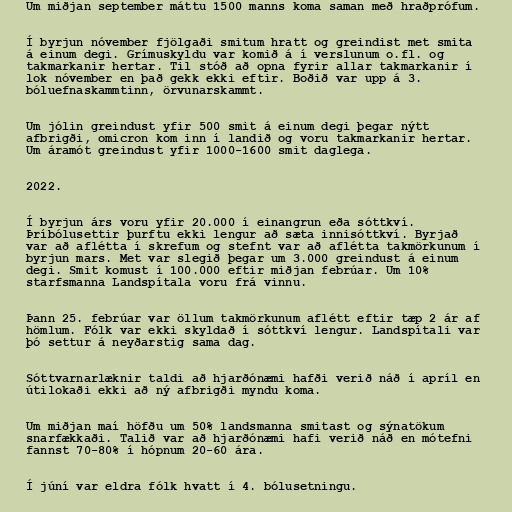
Um miðjan september máttu 1500 manns koma saman með hraðprófum.

Í byrjun nóvember fjölgaði smitum hratt og greindist met smita
á einum degi. Grímuskyldu var komið á í verslunum o.fl. og
takmarkanir hertar. Til stóð að opna fyrir allar takmarkanir í
lok nóvember en það gekk ekki eftir. Boðið var upp á 3.
bóluefnaskammtinn, örvunarskammt.

Um jólin greindust yfir 500 smit á einum degi þegar nýtt
afbrigði, omicron kom inn í landið og voru takmarkanir hertar.
Um áramót greindust yfir 1000-1600 smit daglega.

2022.

Í byrjun árs voru yfir 20.000 í einangrun eða sóttkví.
Þríbólusettir þurftu ekki lengur að sæta innisóttkví. Byrjað
var að aflétta í skrefum og stefnt var að aflétta takmörkunum í
byrjun mars. Met var slegið þegar um 3.000 greindust á einum
degi. Smit komust í 100.000 eftir miðjan febrúar. Um 10%
starfsmanna Landspítala voru frá vinnu.

Þann 25. febrúar var öllum takmörkunum aflétt eftir tæp 2 ár af
hömlum. Fólk var ekki skyldað í sóttkví lengur. Landspítali var
þó settur á neyðarstig sama dag.

Sóttvarnarlæknir taldi að hjarðónæmi hafði verið náð í apríl en
útilokaði ekki að ný afbrigði myndu koma.

Um miðjan maí höfðu um 50% landsmanna smitast og sýnatökum
snarfækkaði. Talið var að hjarðónæmi hafi verið náð en mótefni
fannst 70-80% í hópnum 20-60 ára.

Í júní var eldra fólk hvatt í 4. bólusetningu.